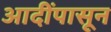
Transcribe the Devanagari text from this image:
आदींपासून